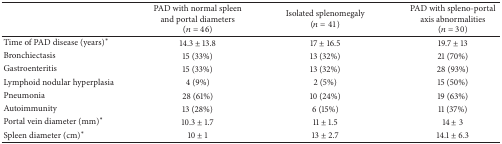
|  | PAD with normal spleen and portal diameters(n = 46) | Isolated splenomegaly(n = 41) | PAD with spleno-portal axis abnormalities (n = 30) |
 | --- | --- | --- | --- |
 | Time of PAD disease (years)* | 14.3 ± 13.8 | 17 ± 16.5 | 19.7 ± 13 |
 | Bronchiectasis | 15 (33%) | 13 (32%) | 21 (70%) |
 | Gastroenteritis | 15 (33%) | 13 (32%) | 28 (93%) |
 | Lymphoid nodular hyperplasia | 4 (9%) | 2 (5%) | 15 (50%) |
 | Pneumonia | 28 (61%) | 10 (24%) | 19 (63%) |
 | Autoimmunity | 13 (28%) | 6 (15%) | 11 (37%) |
 | Portal vein diameter (mm)* | 10.3 ± 1.7 | 11 ± 1.5 | 14 ± 3 |
 | Spleen diameter (cm)* | 10 ± 1 | 13 ± 2.7 | 14.1 ± 6.3 |